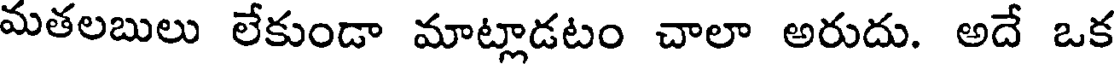
మతలబులు లేకుండా మాట్లాడటం చాలా అరుదు. అదే ఒక